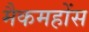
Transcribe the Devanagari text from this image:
मैकमहोंस